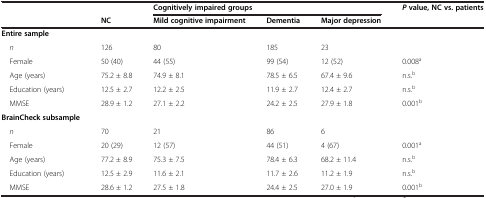
|  |  | <COLSPAN=3> Cognitively impaired groups | Pvalue, NC vs. patients |
 |  | NC | Mild cognitive impairment | Dementia | Major depression |  |
 | --- | --- | --- | --- | --- | --- |
 | Entire sample |  |  |  |  |  |
 | n | 126 | 80 | 185 | 23 |  |
 | Female | 50 (40) | 44 (55) | 99 (54) | 12 (52) | 0.008a |
 | Age (years) | 75.2 ± 8.8 | 74.9 ± 8.1 | 78.5 ± 6.5 | 67.4 ± 9.6 | n.s.b |
 | Education (years) | 12.5 ± 2.7 | 12.2 ± 2.5 | 11.9 ± 2.7 | 12.4 ± 2.7 | n.s.b |
 | MMSE | 28.9 ± 1.2 | 27.1 ± 2.2 | 24.2 ± 2.5 | 27.9 ± 1.8 | 0.001b |
 | BrainCheck subsample |  |  |  |  |  |
 | n | 70 | 21 | 86 | 6 |  |
 | Female | 20 (29) | 12 (57) | 44 (51) | 4 (67) | 0.001a |
 | Age (years) | 77.2 ± 8.9 | 75.3 ± 7.5 | 78.4 ± 6.3 | 68.2 ± 11.4 | n.s.b |
 | Education (years) | 12.5 ± 2.9 | 11.6 ± 2.1 | 11.7 ± 2.6 | 11.2 ± 1.9 | n.s.b |
 | MMSE | 28.6 ± 1.2 | 27.5 ± 1.8 | 24.4 ± 2.5 | 27.0 ± 1.9 | 0.001b |